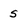
Character: S